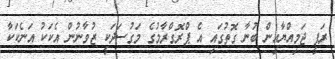
ރަފީ ޖަމިއްޔާއިން ބުނާ ގޮތުގައި އެ ޕްރޮގްރާމުގެ މަގުސަދަކީ ޒުވާނުން އެކަކު އަނެކަކާ